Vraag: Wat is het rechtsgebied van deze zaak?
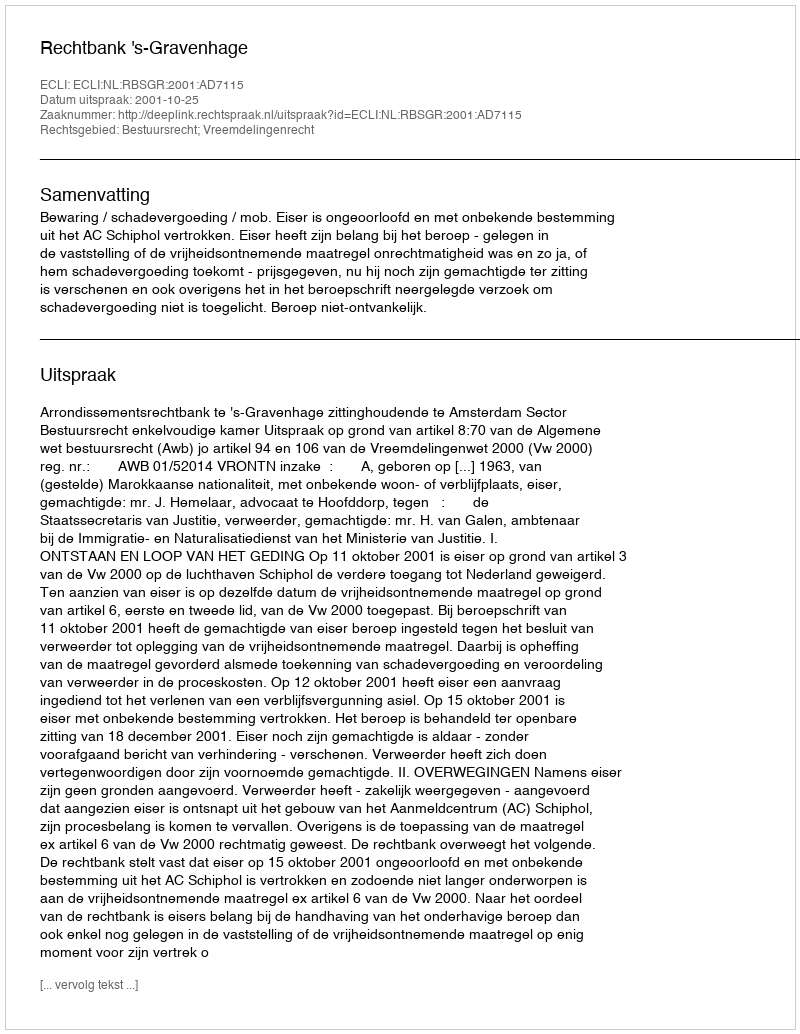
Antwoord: Bestuursrecht; Vreemdelingenrecht